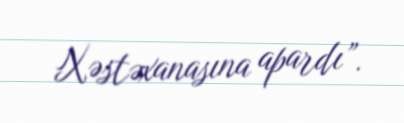
Xəstəxanasına apardı”.